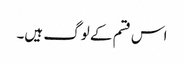
اس قسم کے لوگ ہیں۔